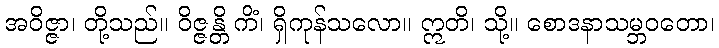
အဝိဇ္ဇာ၊ တို့သည်။ ဝိဇ္ဇန္တိ ကိံ၊ ရှိကုန်သလော။ ဣတိ၊ သို့။ စောဒနာသမ္ဘဝတော၊